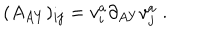
( A _ { A Y } ) _ { i j } = v _ { i } ^ { a } \partial _ { A Y } v _ { j } ^ { a } \; .